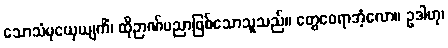
သောသံမုယှေယျကိံ၊ ထိုဉာဏ်ပညာဖြစ်သောသူသည်။ တွေဝေရာအံ့လော။ ဥဒါဟု၊